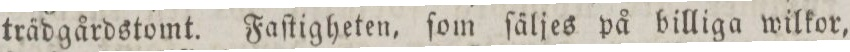
trädgårdstomt. Faſtigheten, ſom ſäljes på billiga wilkor,